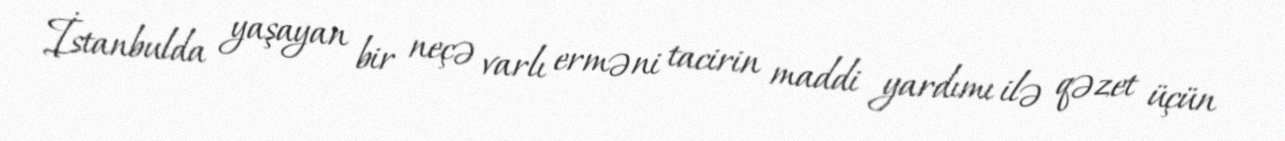
İstanbulda yaşayan bir neçə varlı erməni tacirin maddi yardımı ilə qəzet üçün